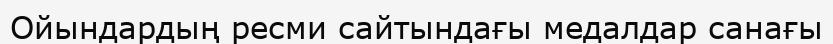
Ойындардың ресми сайтындағы медалдар санағы